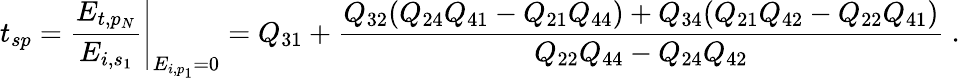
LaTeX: t_{sp}=\left.\frac{E_{t,p_{N}}}{E_{i,s_{1}}}\right\vert_{E_{i,p_{1}}=0}=Q_{31}+\frac{Q_{32}(Q_{24}Q_{41}-Q_{21}Q_{44})+Q_{34}(Q_{21}Q_{42}-Q_{22}Q_{41})}{Q_{22}Q_{44}-Q_{24}Q_{42}}\ .